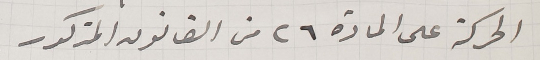
الحركة على المادة ٢٦ من القانون المذكور